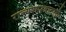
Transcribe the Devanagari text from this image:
राज्यशास्त्रातली